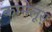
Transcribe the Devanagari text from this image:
कामेलूस्